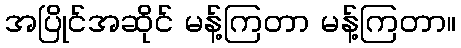
အပြိုင်အဆိုင် မန့်ကြတာ မန့်ကြတာ။